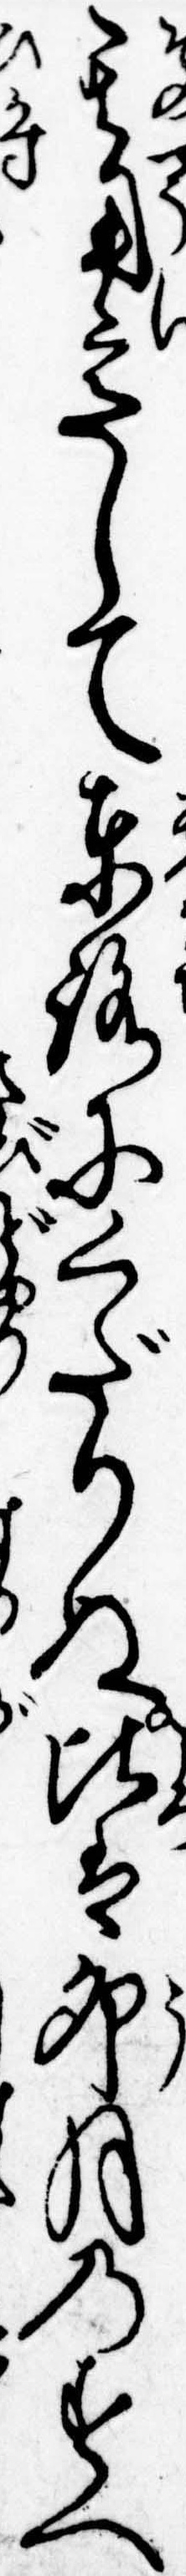
其用意して東路にくだりぬ比は卯月のすへ